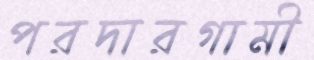
পরদারগামী